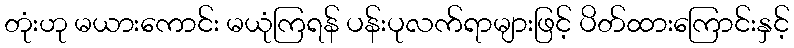
တုံးဟု မယားကောင်း မယုံကြရန် ပန်းပုလက်ရာများဖြင့် ပိတ်ထားကြောင်းနှင့်